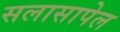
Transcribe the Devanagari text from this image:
सलासापेल